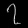
Digit: ၇